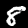
Label: 8